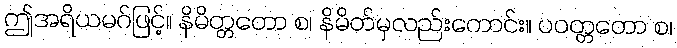
ဤအရိယမဂ်ဖြင့်။ နိမိတ္တတော စ၊ နိမိတ်မှလည်းကောင်း။ ပဝတ္တတော စ၊